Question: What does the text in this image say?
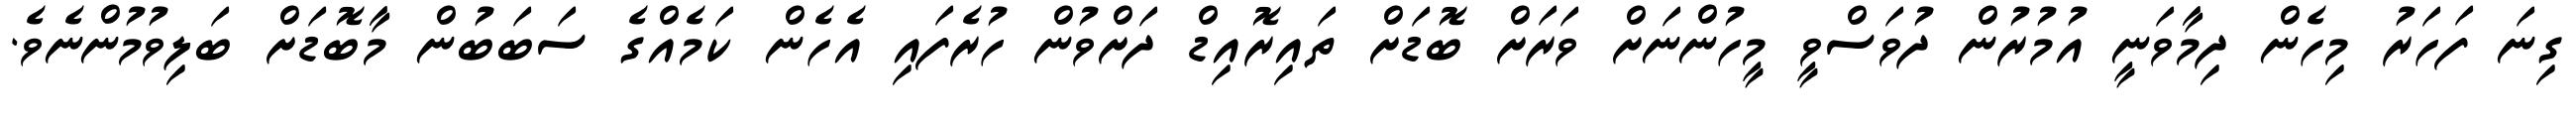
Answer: ގިނަ ފަހަރު މިހެން ދިމާވަނީ އުމުރުން ދުވަސްވީ މީހުންނަށް ވަރަށް ބޮޑަށް ތައިރޮއިޑް ދަށްވުން ހުރެފައި އެހެން ކަމެއްގެ ސަބަބުން މާބޮޑަށް ބަލިވުމުންނެވެ.